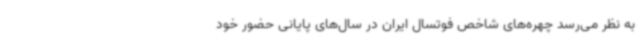
به نظر می‌رسد چهره‌های شاخص فوتسال ایران در سال‌های پایانی حضور خود